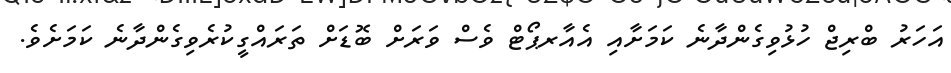
އަހަރު ބްރިޖް ހުޅުވިގެންދާނެ ކަމަށާއިި އެއާރޕޯޓް ވެސް ވަރަށް ބޮޑަށް ތަރައްގީކުރެވިގެންދާނެ ކަމަށެވެ.